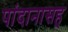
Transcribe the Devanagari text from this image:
पांदानासह